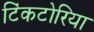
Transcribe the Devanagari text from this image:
टिंकटोरिया